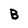
Character: B